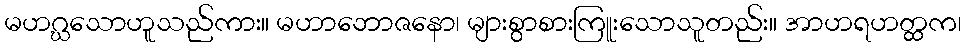
မဟဂ္ဃသောဟူသည်ကား။ မဟာဘောဇနော၊ များစွာစားကြူးသောသူတည်း။ အာဟရဟတ္ထက၊